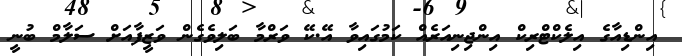
އިންޑިއާގެ އިލެކްޓްރިކް އިންޖިނިއަރެއް ކަމުގައިވާ އޭ.ކޭ ވަރްމާ ބަލިވެގެން ވަޒީފާއަށް ސަލާމް ބުނީ